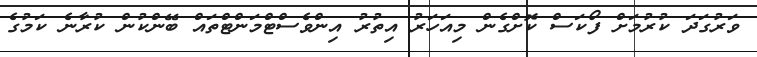
ވަރުގަދަ ކުރުމަށް ފޯކަސް ކޮށްގެން މިއަހަރު އިތުރު އިންވެސްޓްމަންޓްތައް ބޭންކުން ކުރާނެ ކަމުގެ